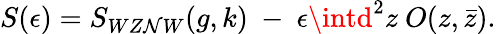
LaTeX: S(\epsilon)=S_{WZ\mathcal{N}W}(g,k)~-~\epsilon\intd^{2}z~O(z,\bar{{z}}).